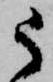
う